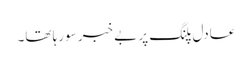
عادل پلنگ پر بے خبر سورہا تھا۔